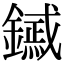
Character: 𨭟